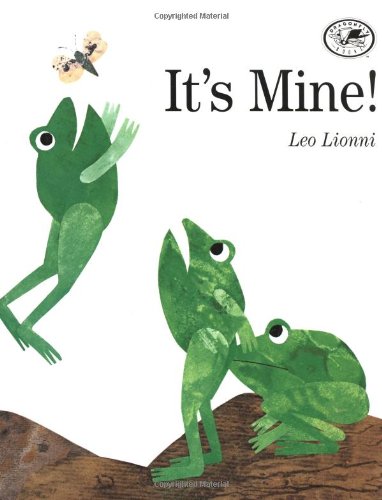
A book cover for It's Mine!; Leo Lionni; Children's Books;